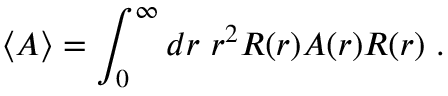
\langle A \rangle = \int _ { 0 } ^ { \infty } d r \ r ^ { 2 } R ( r ) A ( r ) R ( r ) \ .